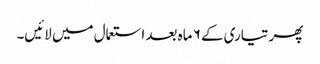
پھر تیاری کے ۶ ماہ بعد استعمال میں لائیں۔